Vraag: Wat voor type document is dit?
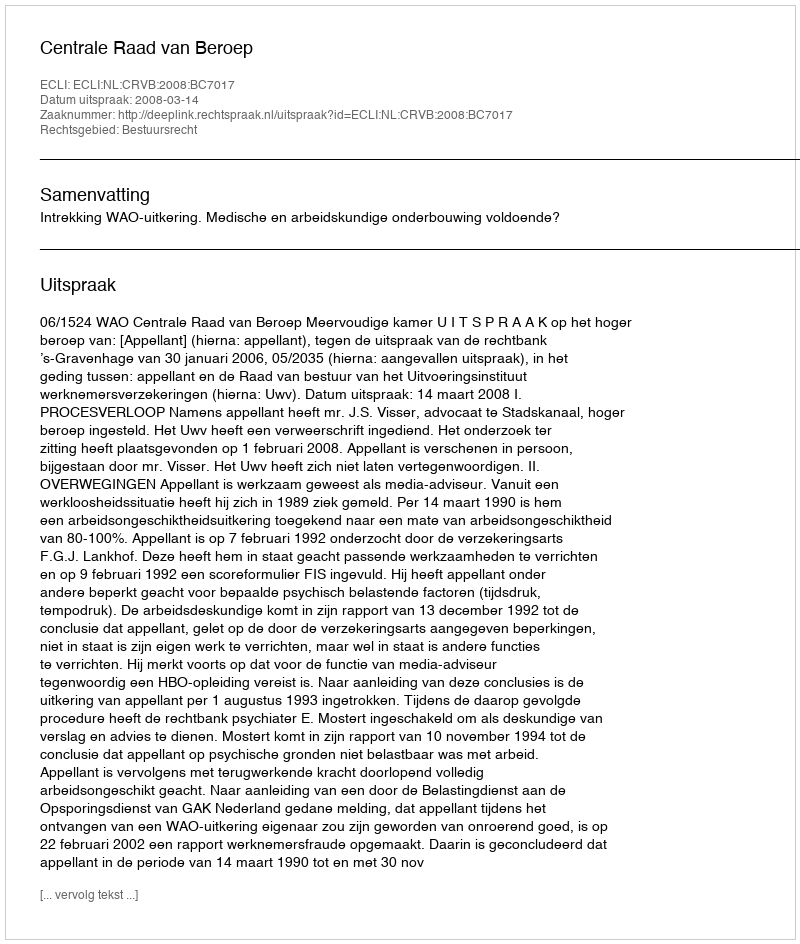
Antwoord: Uitspraak